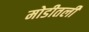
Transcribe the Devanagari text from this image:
मोडीतली